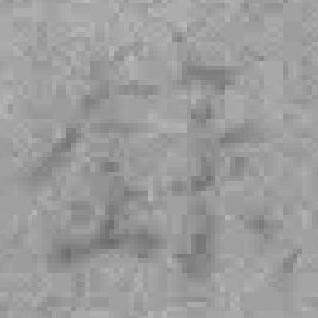
錄